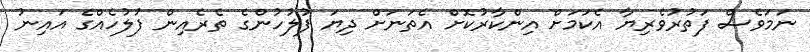
ނަމަވެސް ފަތުރުވެރިޔާ އެކަމަށް އިންކާރުކޮށް އެތަނަށް ދިޔަ ފުލުހުންގެ ތެރެއިން ފުލުހެއްގެ އައިނު